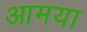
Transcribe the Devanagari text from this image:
आमया